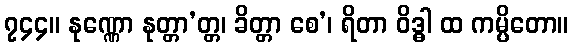
၇၄၄။ နုဏ္ဏော နုတ္တာ’တ္တ၊ ခိတ္တာ စေ’၊ ရိတာ ဝိဒ္ဓါ ထ ကမ္ပိတော။